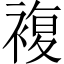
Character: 複